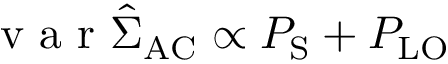
\mathrm { ~ v ~ a ~ r ~ } \hat { \Sigma } _ { \mathrm { A C } } \propto P _ { \mathrm { S } } + P _ { \mathrm { L O } }